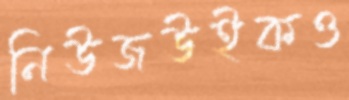
নিউজউইকও